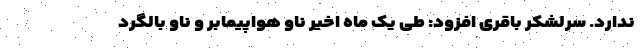
ندارد. سرلشکر باقری افزود: طی یک ماه اخیر ناو هواپیمابر و ناو بالگرد